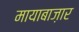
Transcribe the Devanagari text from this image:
मायाबाज़ार